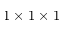
1 \times 1 \times 1